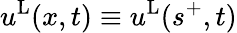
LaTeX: u^{\mathrm{L}}(x,t)\equiv u^{\mathrm{L}}(s^{+},t)